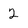
Character: 2